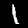
Label: 1